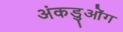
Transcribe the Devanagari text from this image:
अंकडुओंग